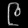
Digit: ၉